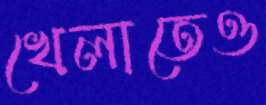
খেলাতেও